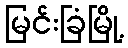
မြင်းခြံမြို့